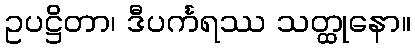
ဥပဋ္ဌိတာ၊ ဒီပင်္ကရဿ သတ္ထုနော။